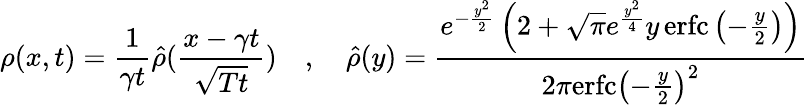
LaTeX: \rho(x,t)=\frac{1}{\gamma t}\hat{\rho}(\frac{x-\gamma t}{\sqrt{Tt}})\quad,\quad\hat{\rho}(y)=\frac{e^{-\frac{y^{2}}{2}}\left(2+\sqrt{\pi}e^{\frac{y^{2}}{4}}y\, \mathrm{erfc}\left(-\frac{y}{2}\right)\right)}{2\pi\mathrm{erfc}\left(-\frac{y}{2}\right)^{2}}